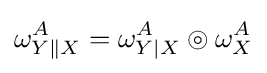
\omega _{Y\|X}^{A}=\omega _{Y|X}^{A}\circledcirc \omega _{X}^{A}\,\!